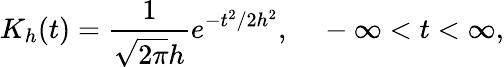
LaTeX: K_{h}(t)=\frac{1}{\sqrt{2\pi}h}e^{-t^{2}/2h^{2}},~~~~-\infty<t<\infty,